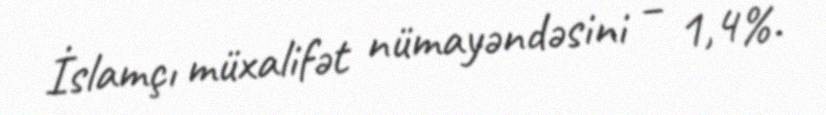
İslamçı müxalifət nümayəndəsini – 1,4%.